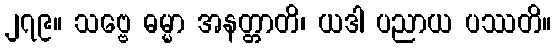
၂၇၉။ သဗ္ဗေ ဓမ္မာ အနတ္တာတိ၊ ယဒါ ပညာယ ပဿတိ။